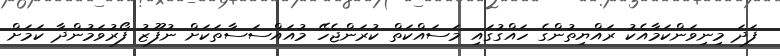
ފަދަ މިނިވަންކަމާއެކު ރައްޔިތުންގެ ހައްގުގައި މަސައްކަތް ކުރަންޖެހޭ މުއައްސަސާތަކަށް ނުފޫޒު ފޯރުވަމުންދާ ކަމަށް